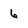
Character: 6